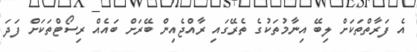
އެ ފަރާތްތަކަށް ލިބޭ އިނާމުތަކުގެ ތެރޭގައި ރާއްޖެއިން ބޭރަށް ބައެއް ރިސޯޓްތަކަށް ފަދަ